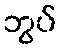
ဘွပ်